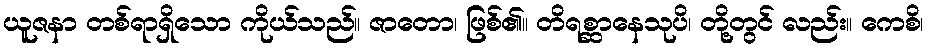
ယူဇနာ တစ်ရာရှိသော ကိုယ်သည်။ ဇာတော၊ ဖြစ်၏။ တိရစ္ဆာနေသုပိ၊ တို့တွင် လည်း။ ကေစိ၊